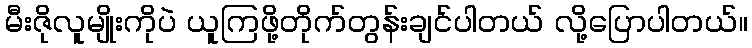
မီးဇိုလူမျိုးကိုပဲ ယူကြဖို့တိုက်တွန်းချင်ပါတယ် လို့ပြောပါတယ်။